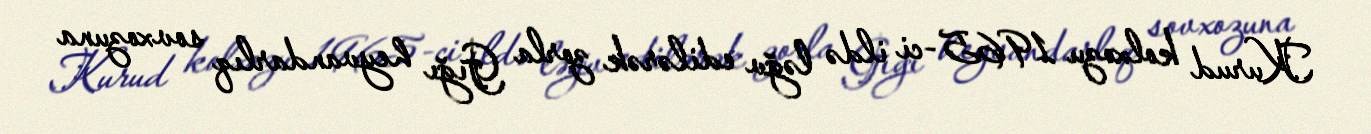
Kurud kolxozu 1965-ci ildə ləğv edilərək zorla Gığı heyvandarlıq sovxozuna